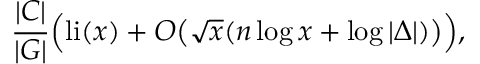
{ \frac { | C | } { | G | } } { \Bigl ( } \mathrm { l i } ( x ) + O { \bigl ( } { \sqrt { x } } ( n \log x + \log | \Delta | ) { \bigr ) } { \Bigr ) } ,